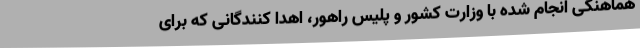
هماهنگی انجام شده با وزارت کشور و پلیس راهور، اهدا کنندگانی که برای